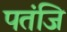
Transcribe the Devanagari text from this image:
पतंजि